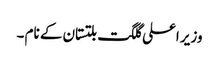
وزیر اعلی گلگت بلتستان کے نام ۔